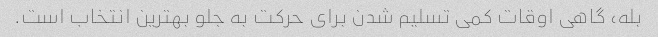
بله، گاهی اوقات کمی تسلیم شدن برای حرکت به جلو بهترین انتخاب است.